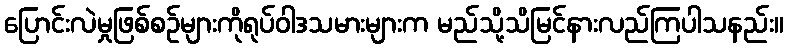
ပြောင်းလဲမှုဖြစ်စဉ်များကိုရုပ်ဝါဒသမားများက မည်သို့သိမြင်နားလည်ကြပါသနည်း။